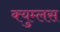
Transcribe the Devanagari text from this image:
क्युम्लस